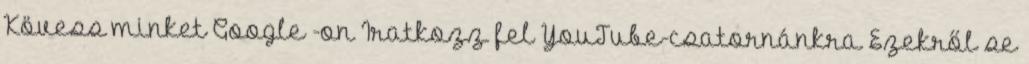
Kövess minket Google -on Iratkozz fel YouTube-csatornánkra Ezekről se